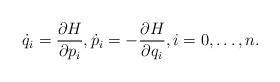
LaTeX: \begin{align*}\dot q_i = \frac{\partial H}{\partial p_i}, \dot p_i = -\frac{\partial H}{\partial q_i}, i = 0,\dots,n.\end{align*}